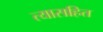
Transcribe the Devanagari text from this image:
त्यासहित